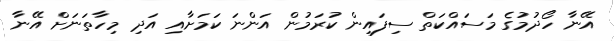
އޭނާ ހޯދުމުގެ މަސައްކަތް ސިފައިން ކުރަމުން އަންނަ ކަމަށާއި އަދި މިހާތަނަށް އޭނާ